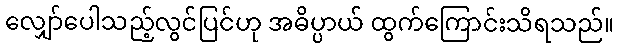
လျှော်ပေါသည့်လွင်ပြင်ဟု အဓိပ္ပာယ် ထွက်ကြောင်းသိရသည်။